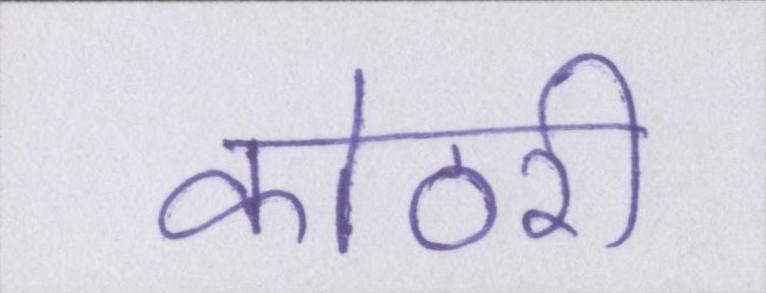
कोठरी